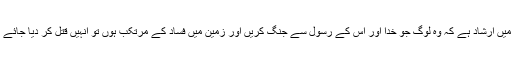
سورۃ المائدہ کی آیت تینتیس میں ارشاد ہے کہ وہ لوگ جو خدا اور اْس کے رسولؐ سے جنگ کریں اور زمین میں فساد کے مرتکب ہوں تو اْنہیں قتل کر دیا جائے یا پھر مصلوب کر دیا جائے۔